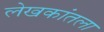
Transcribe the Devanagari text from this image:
लेखकांतला